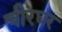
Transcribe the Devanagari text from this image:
चीरघर